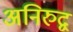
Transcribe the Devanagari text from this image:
अनिरुद्व